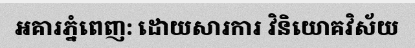
អគារភ្នំពេញ: ដោយសារការ វិនិយោគវិស័យ